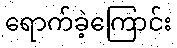
ရောက်ခဲ့ကြောင်း